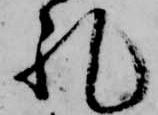
礼